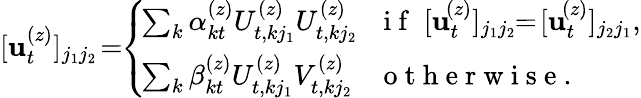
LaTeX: [\mathbf{u}_{t}^{(z)}]_{j_{1}j_{2}}\! =\! \! \left\{ \begin{array}{ll}{\! \sum_{k}\alpha_{kt}^{(z)}U_{t,kj_{1}}^{(z)}U_{t,kj_{2}}^{(z)}}&{\! \! \mathrm{~i~f~}\; [\mathbf{u}_{t}^{\! (z)}]_{j_{1}j_{2}}\! \! =\! [\mathbf{u}_{t}^{\! (z)}]_{j_{2}j_{1}},}\\ {\! \sum_{k}\beta_{kt}^{(z)}U_{t,kj_{1}}^{(z)}V_{t,kj_{2}}^{(z)}}&{\! \! \mathrm{~o~t~h~e~r~w~i~s~e~}.}\end{array}\right.